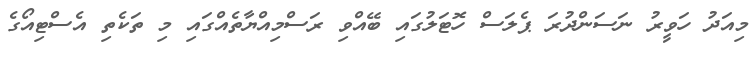
މިއަދު ހަވީރު ނަސަންދުރަ ޕެލަސް ހޮޓަލުގައި ބޭއްވި ރަސްމިއްޔާތެއްގައި މި ތަކެތި އެސްޓިއޯގެ